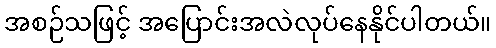
အစဉ်သဖြင့် အပြောင်းအလဲလုပ်နေနိုင်ပါတယ်။